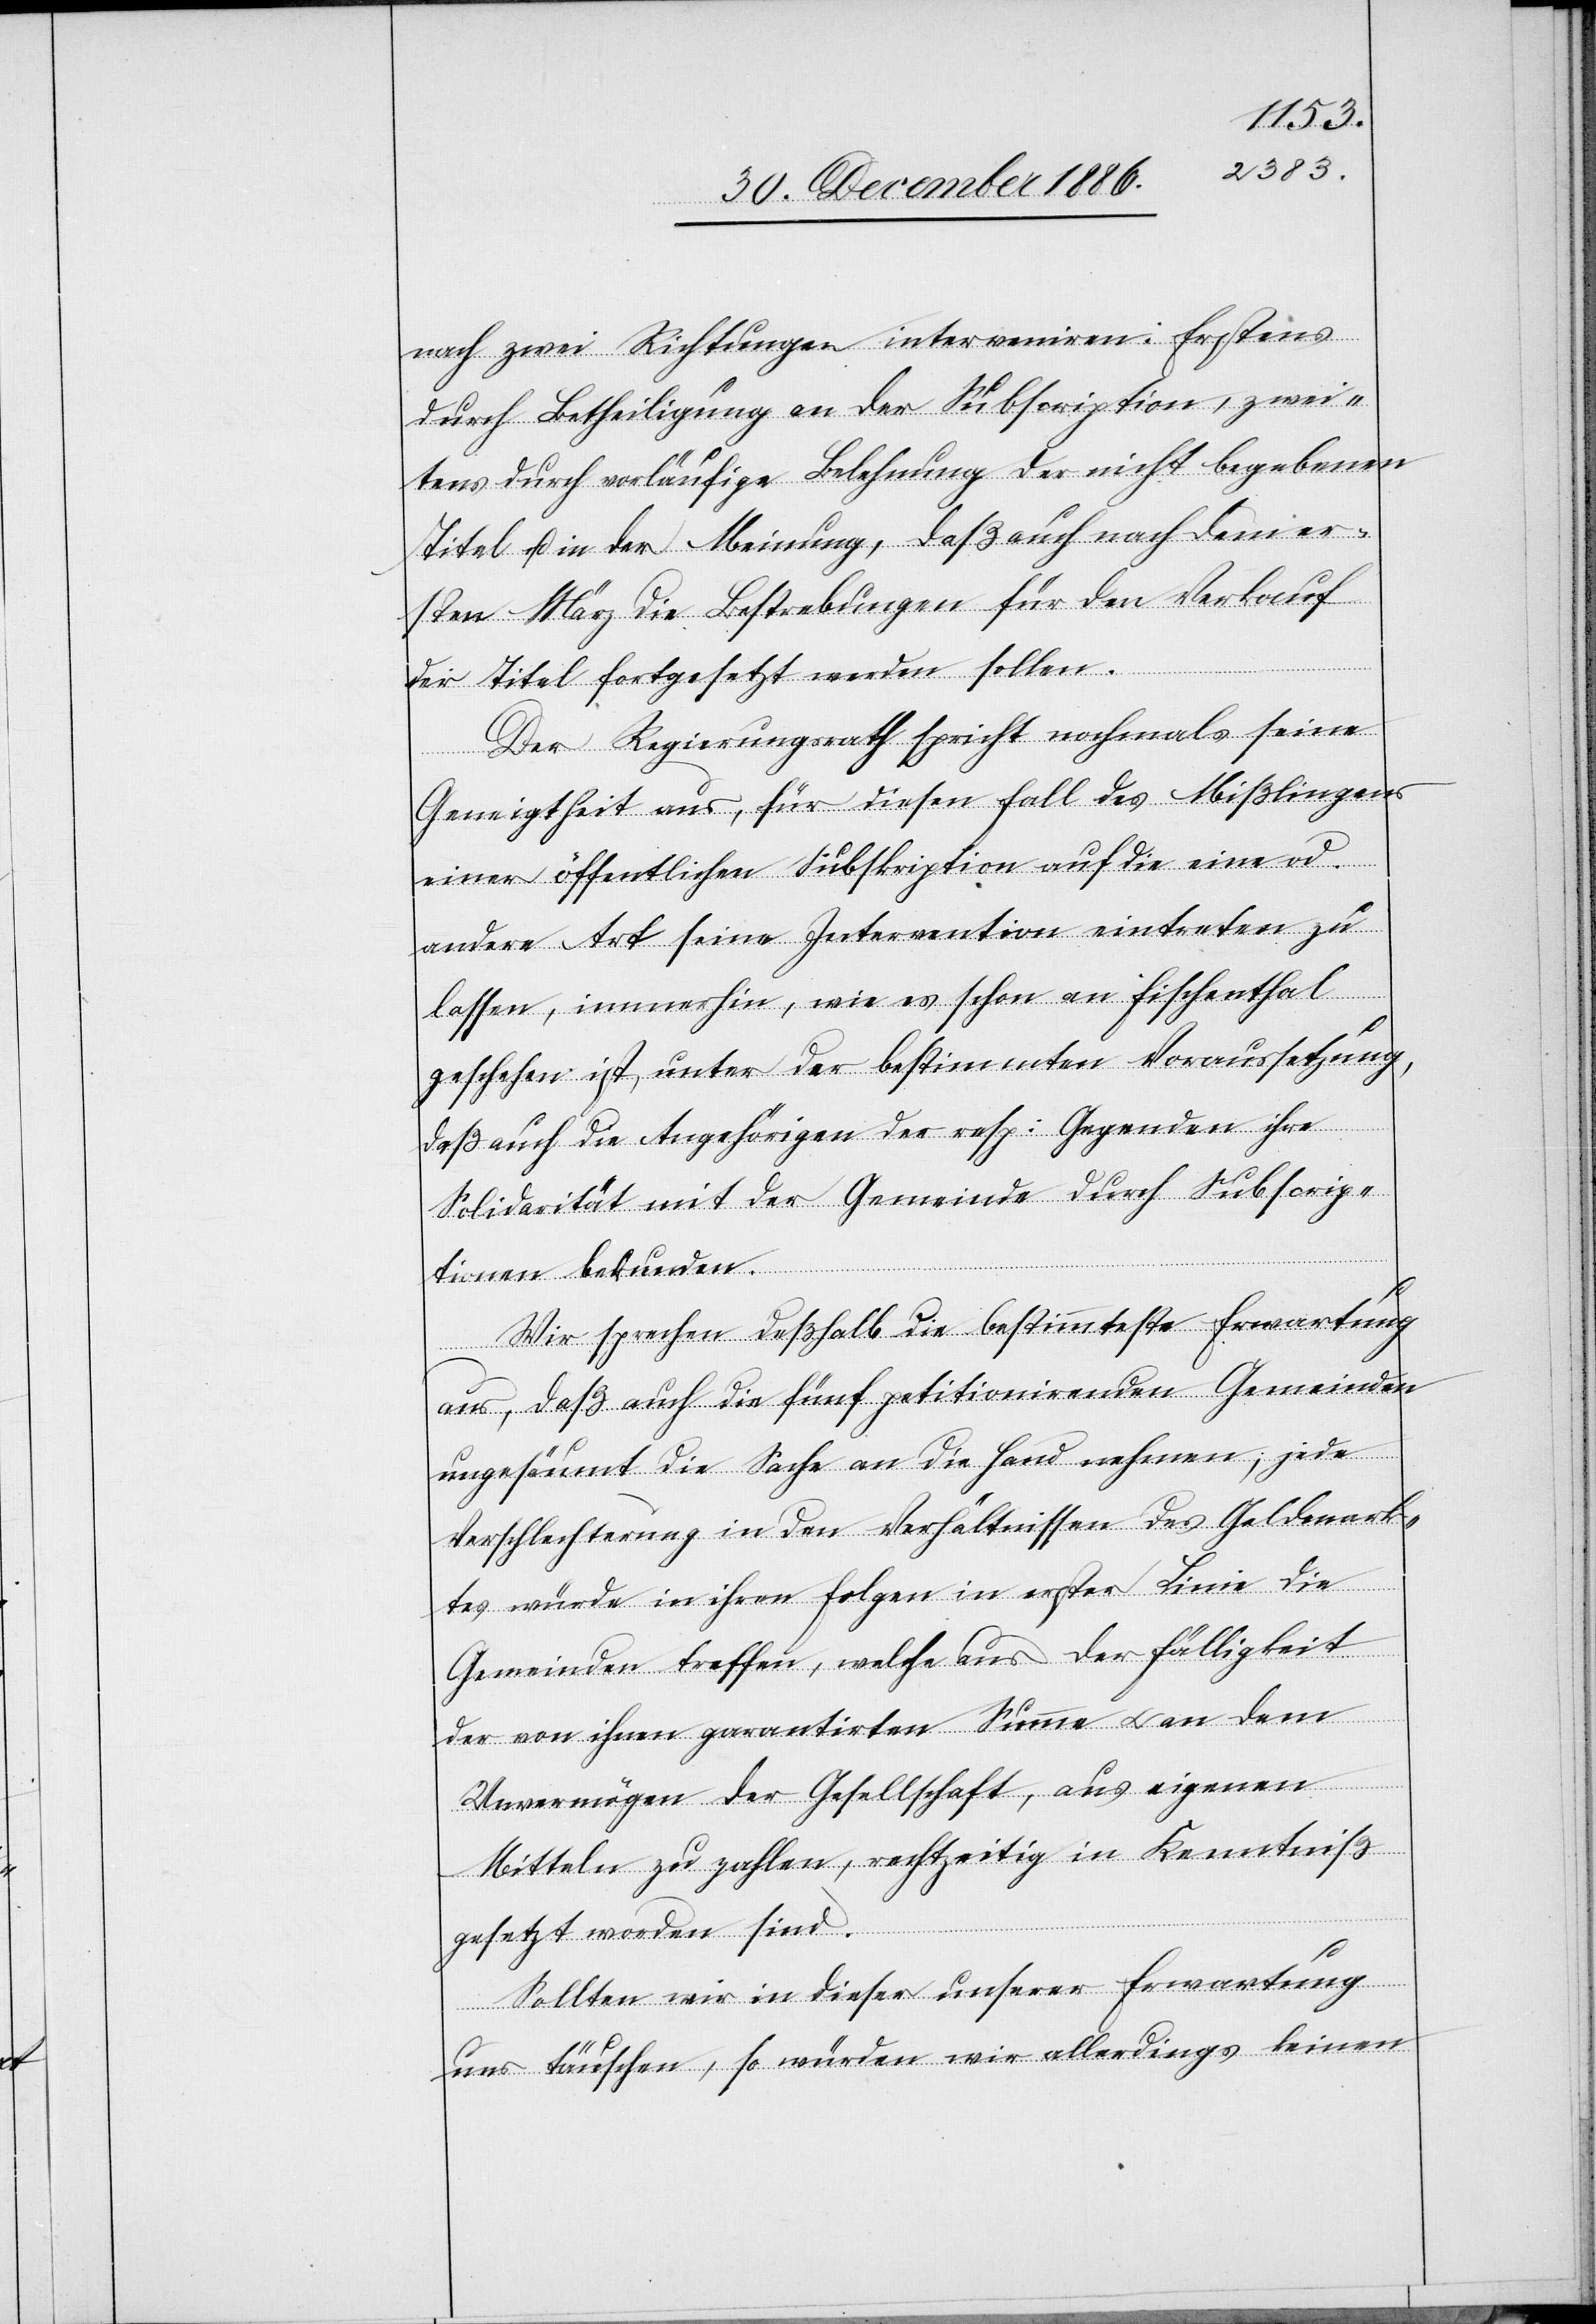
nach zwei Richtungen interveniren: Erstens
durch Betheiligung an der Subscription, zwei¬
tens durch vorläufige Belehnung der nicht begebenen
Titel u. in der Meinung, daß auch nach dem er¬
sten März die Bestrebungen für den Verkauf
der Titel fortgesetzt werden sollen.
Der Regierungsrath spricht nochmals seine
Geneigtheit aus, für diesen Fall des Mißlingens
einer öffentlichen Subskription auf die eine od.
andere Art seine Intervention eintreten zu
lassen, immerhin, wie es schon an Fischenthal
geschehen ist, unter der bestimmten Voraussetzung,
daß auch die Angehörigen der resp: Gegenden ihre
Solidarität mit der Gemeinde durch Subscrip¬
tionen bekunden.
Wir sprechen deßhalb die bestimmteste Erwartung
aus, daß auch die fünf petitionirenden Gemeinden
ungesäumt die Sache an die Hand nehmen; jede
Verschlechterung in den Verhältnissen des Geldmark¬
tes würde in ihren Folgen in erster Linie die
Gemeinden treffen, welche aus der Fälligkeit
der von ihnen garantirten Summe & an dem
Unvermögen der Gesellschaft, aus eigenen
Mitteln zu zahlen, rechtzeitig in Kenntniß
gesetzt worden sind.
Sollten wir in dieser unserer Erwartung
uns täuschen, so würden wir allerdings keinen